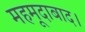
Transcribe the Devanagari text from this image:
महमूदाबाद।